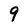
Character: 9